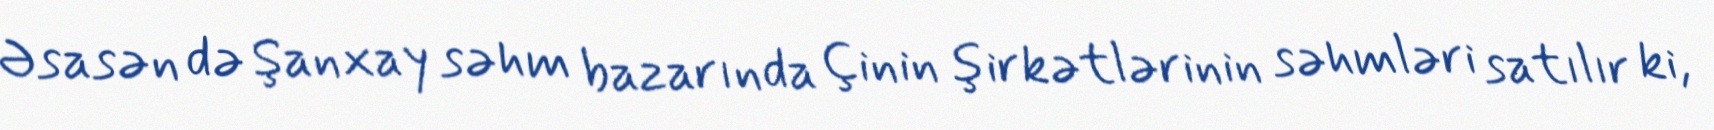
Əsasən də Şanxay səhm bazarında Çinin şirkətlərinin səhmləri satılır ki,